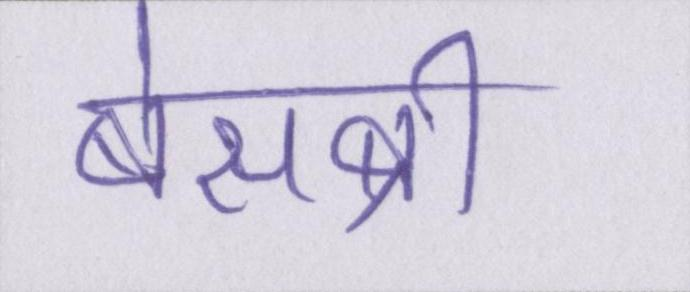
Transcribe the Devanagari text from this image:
बेसब्री